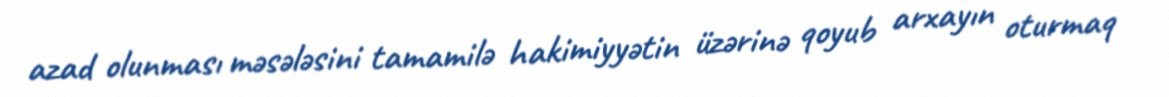
azad olunması məsələsini tamamilə hakimiyyətin üzərinə qoyub arxayın oturmaq